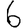
Digit: 6